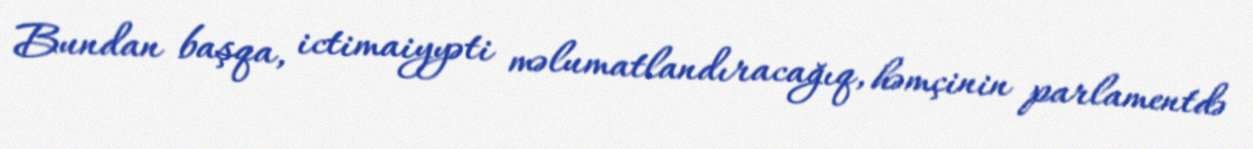
Bundan başqa, ictimaiyyəti məlumatlandıracağıq, həmçinin parlamentdə